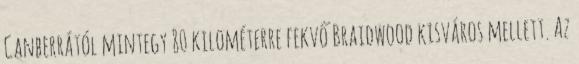
Canberrától mintegy 80 kilométerre fekvő Braidwood kisváros mellett. Az